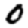
Digit: 0